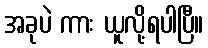
အခုပဲ ကား ယူလို့ရပါပြီ။